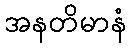
အနတိမာနံ